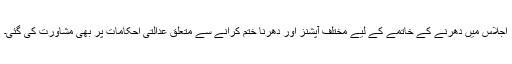
اجلاس میں دھرنے کے خاتمے کے لیے مختلف آپشنز اور دھرنا ختم کرانے سے متعلق عدالتی احکامات پر بھی مشاورت کی گئی۔